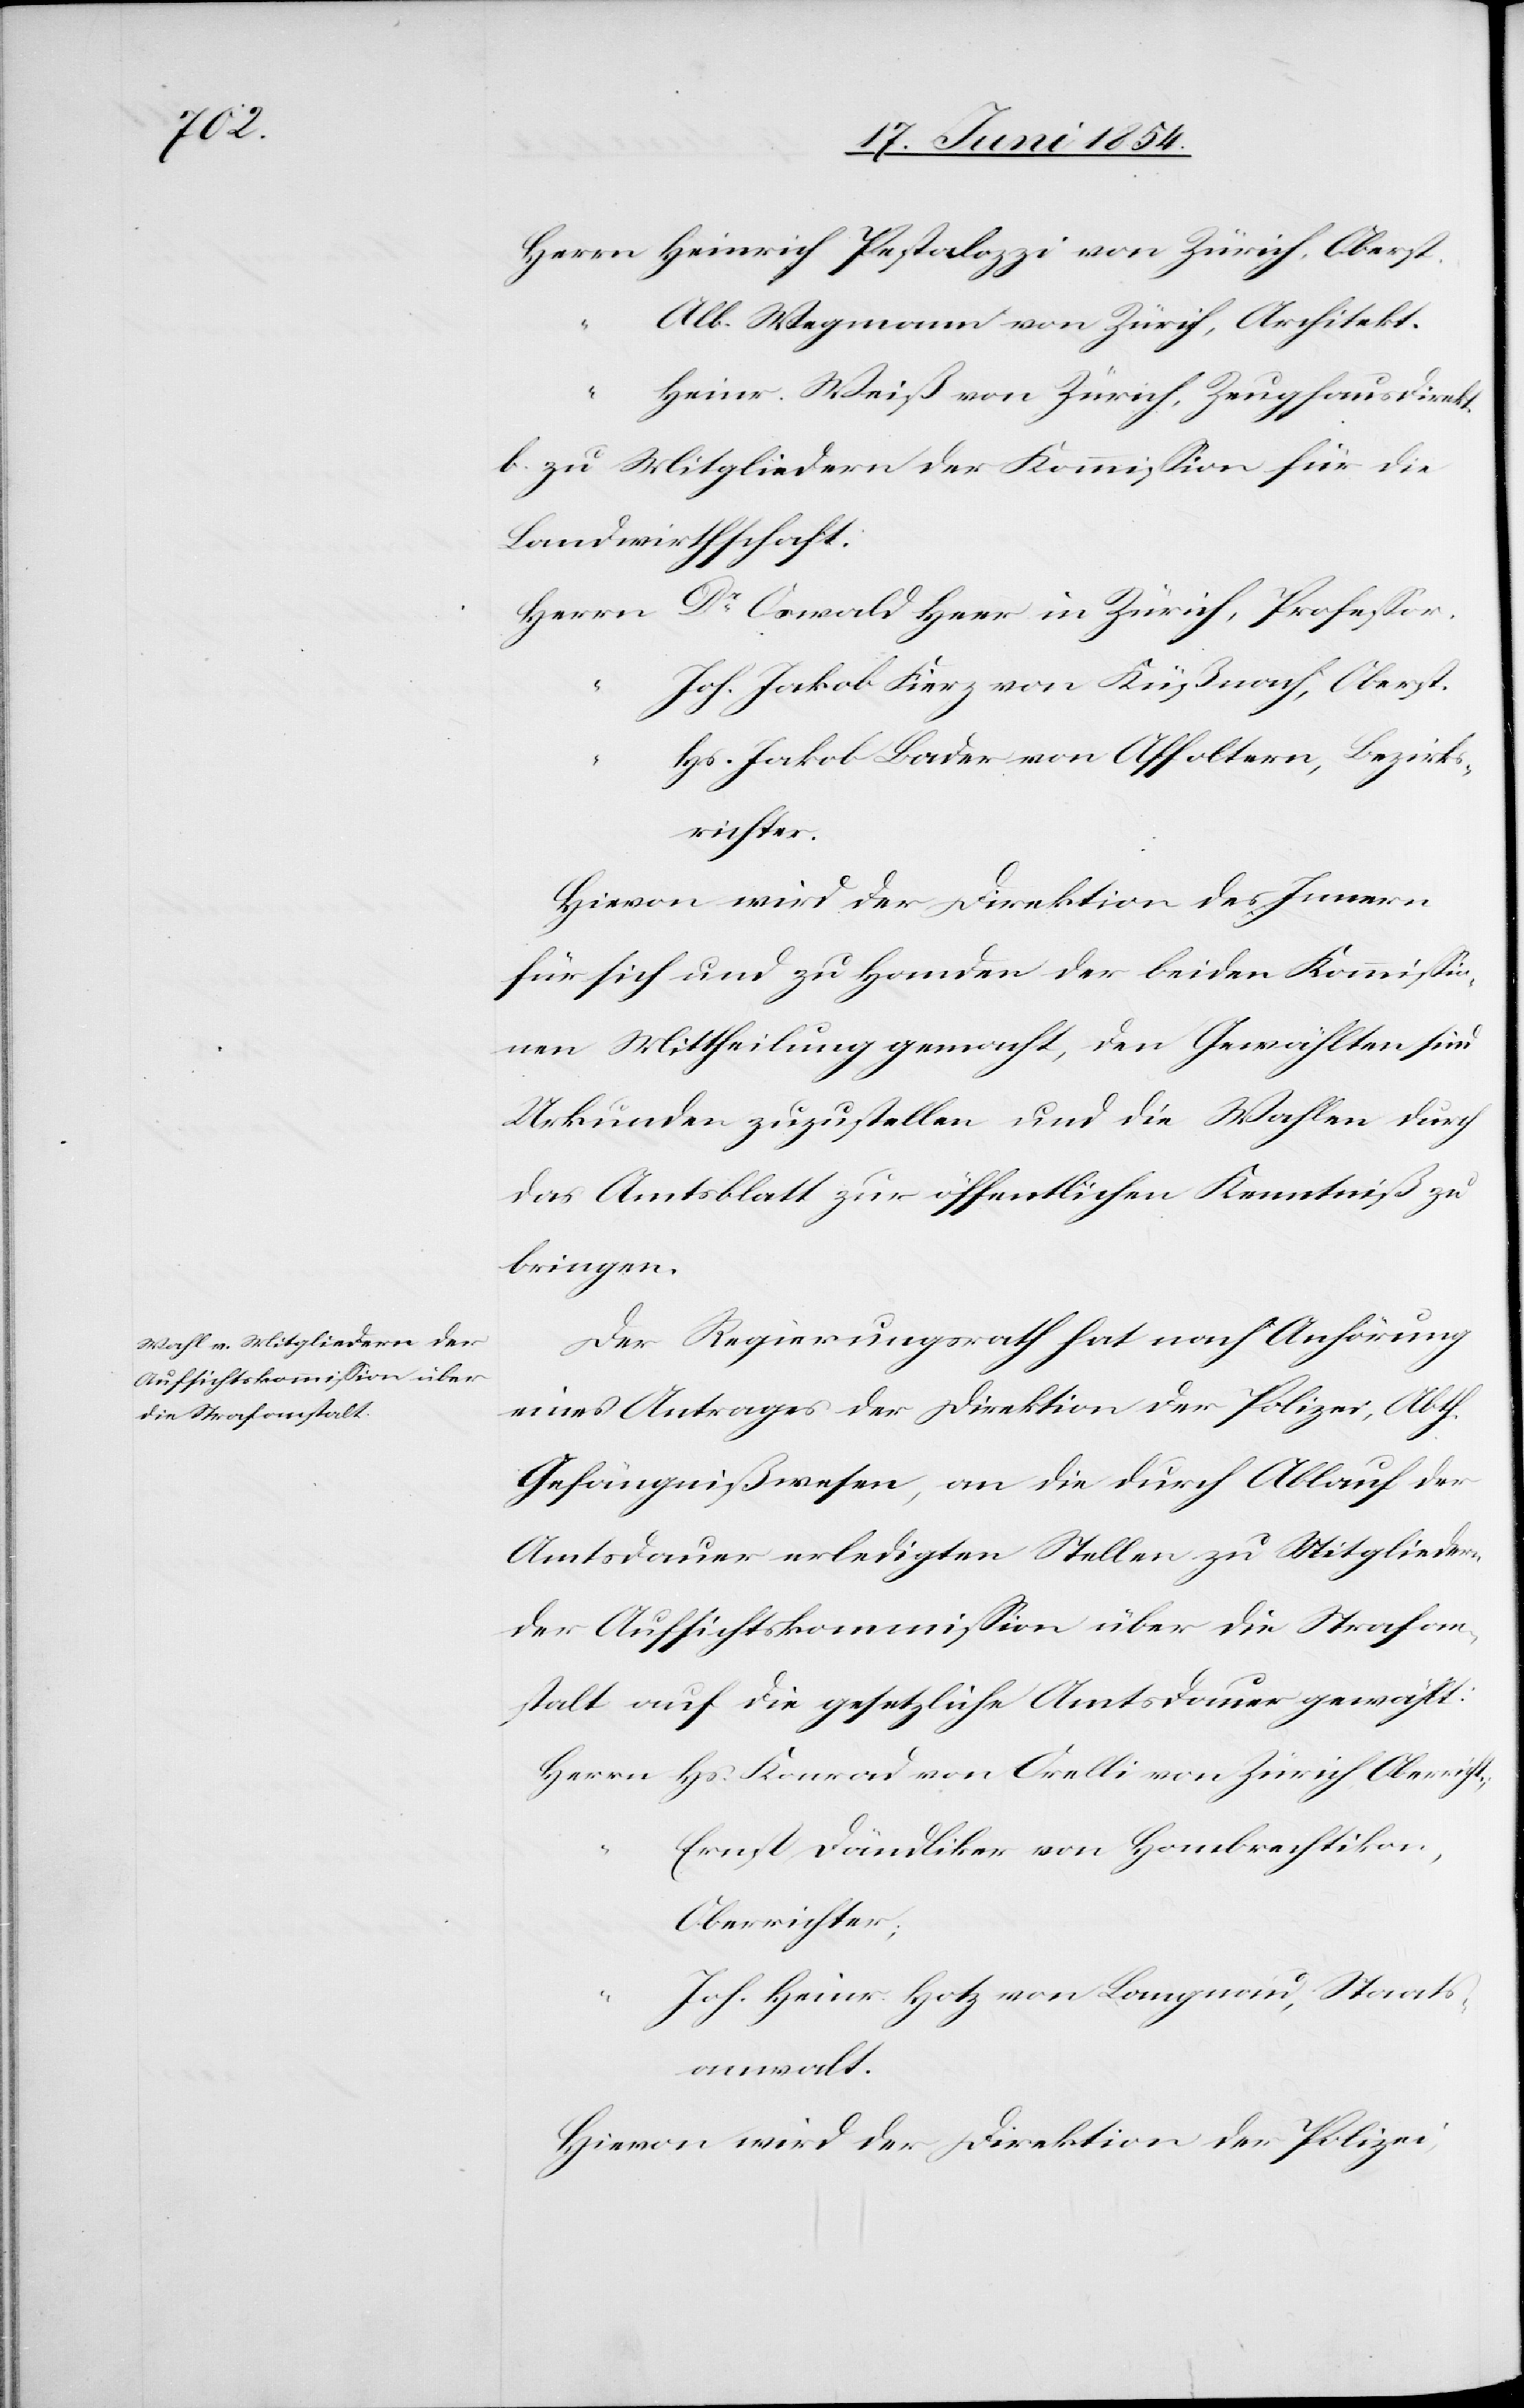
Oberst.

Alb. Wegmann von Zürich, Architekt.
“
Heinr. Weiß von Zürich, Zeughausdirekt.
b. zu Mitgliedern der Kommißion für die
Landwirthschaft:
Dr Oswald Heer in Zürich, Profeßor.
Joh. Jakob. Fierz von Küßnach, Oberst.
Hs. Jakob Bader von Affoltern, Bezirks¬
richter.
Hievon wird der Direktion des Innern
für sich und zu Handen der beiden Kommißio¬
nen Mittheilung gemacht, den Gewählten sind
Urkunden zuzustellen und die Wahlen durch
das Amtsblatt zur öffentlichen Kenntniß zu
bringen.
Der Regierungsrath hat nach Anhörung
eines Antrages der Direktion der Polizei, Abth.
Gefängnißwesen, an die durch Ablauf der
Amtsdauer erledigten Stellen zu Mitgliedern
der Aufsichtskommißion über die Strafan¬
stalt auf die gesetzliche Amtsdauer gewählt:
Ernst Dändliker von Hombrechtikon,
Oberrichter;
Joh. Heinr. Hotz von Langnau, Staats¬
anwalt.
Hievon wird der Direktion der Polizei